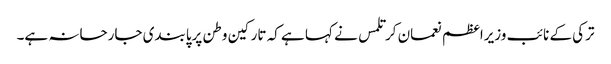
ترکی کے نائب وزیراعظم نعمان کرتلمس نے کہا ہے کہ تارکین وطن پرپابندی جارحانہ ہے۔